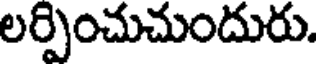
లర్పించుచుందురు.